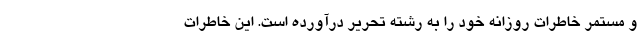
و مستمر خاطرات روزانه خود را به رشته تحریر درآورده است. این خاطرات